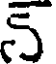
న్